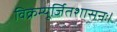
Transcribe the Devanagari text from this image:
विक्रम्यूर्जितशासनः।